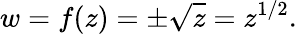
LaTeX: w=f(z)=\pm{\sqrt{z}}=z^{1/2}.